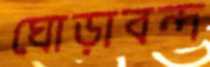
ঘোড়াবন্দ